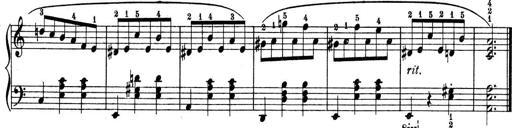
Title: 9 Sonatinen
Composer: Alexander Winterberger